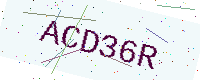
Text: ACD36R